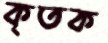
কৃতক